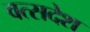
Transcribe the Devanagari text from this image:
वत्सदेश